Report of the veterinary officer investigating camel disease
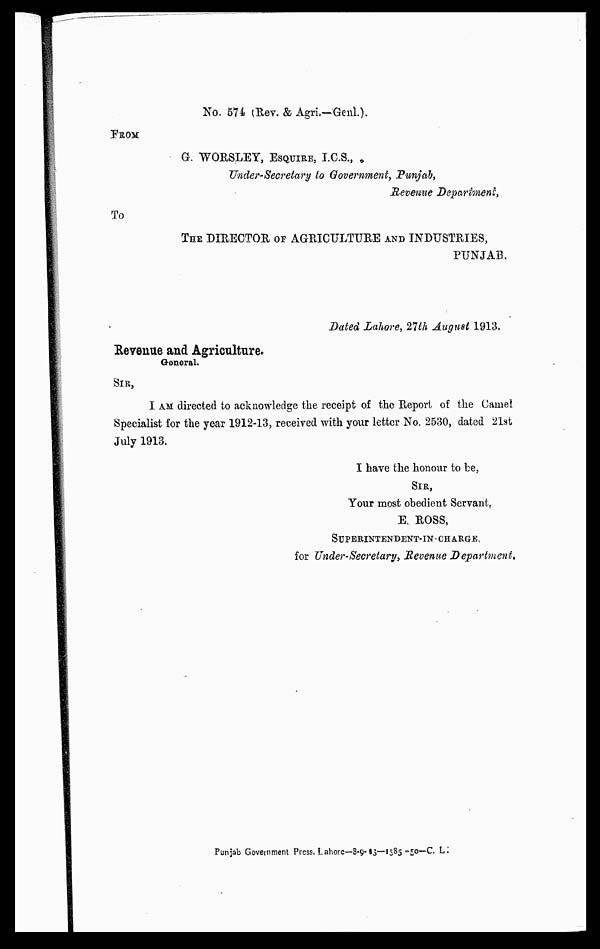
No. 574 (Rev. & Agri. Genl.)
FROM
G. WORSLEY, ESQUIRE, I.C.S.,
Under-Secretary to Government, Punjab,
Revenue Deparfonent
To
THE DIRECTOR OF AGRICULTURE AND INDUSTRIES,
PUNJAB.
Dated Lahore, 27th August 1913.
Revenue and Agriculture.
General.
SIR,
I AM directed to acknowledge the receipt of the Report of the Camel
Specialist for the year 1912-13, received with your letter No. 2530, dated 21st
July 1913.
I have the honour to be,
SIR,
Your most obedient Servant,
E, ROSS,
SUPERINTENDENT-IN CHARGE.
for Under-Secretary, Revenue Department,
Punjab Government Press. Lahore—8-9-13—1585-50—C. L :